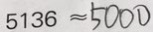
5 1 3 6 \approx 5 0 0 0